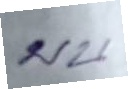
บน